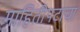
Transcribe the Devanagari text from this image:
माहितीपटाचा